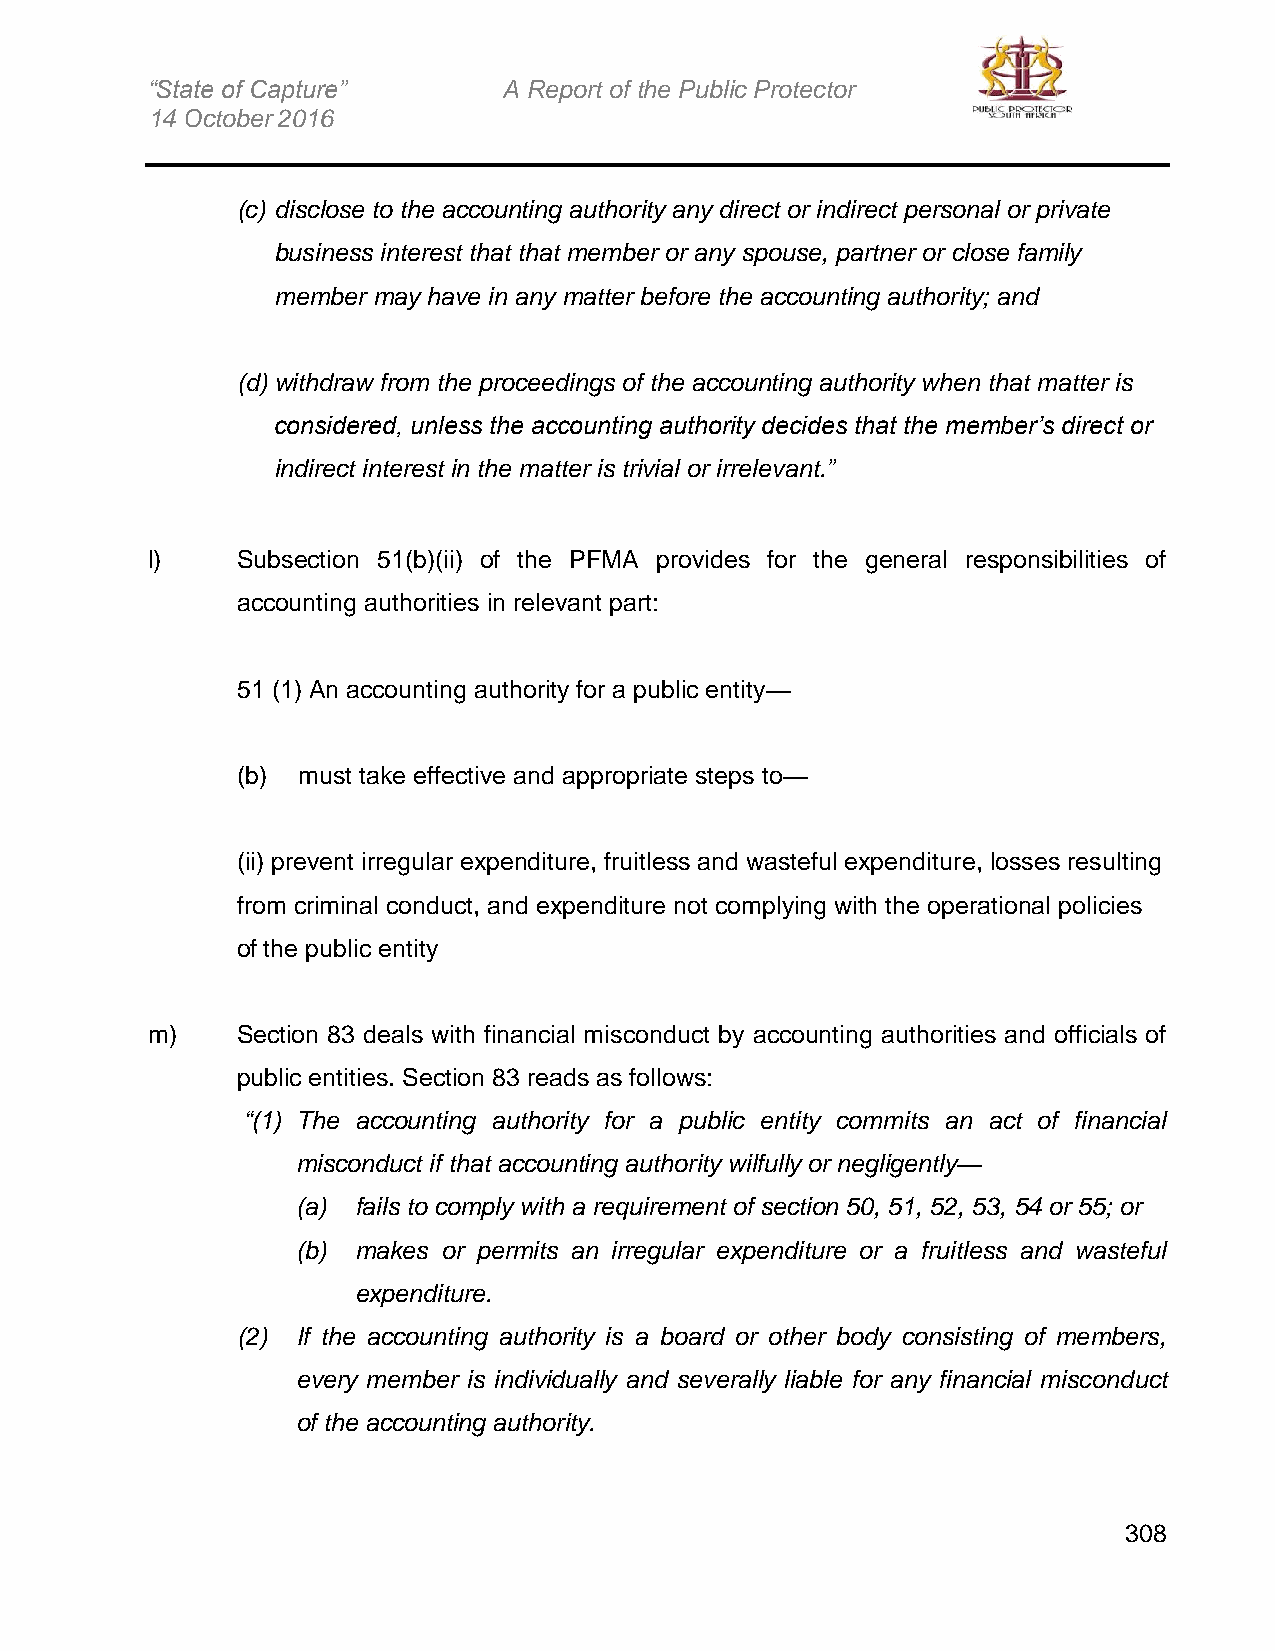
“State of Capture”     A Report of the Public Protector
 14 October 2016
 (c) disclose to the accounting authority any direct or indirect personal or private
 business interest that that member or any spouse, partner or close family
 member may have in any matter before the accounting authority; and
 (d) withdraw from the proceedings of the accounting authority when that matter is
 considered, unless the accounting authority decides that the member’s direct or
 indirect interest in the matter is trivial or irrelevant.”
 l)    Subsection 51(b)(ii) of the PFMA provides for the general responsibilities of
 accounting authorities in relevant part:
 51 (1) An accounting authority for a public entity—
 (b) must take effective and appropriate steps to—
 (ii) prevent irregular expenditure, fruitless and wasteful expenditure, losses resulting
 from criminal conduct, and expenditure not complying with the operational policies
 of the public entity
 m)    Section 83 deals with financial misconduct by accounting authorities and officials of
 public entities. Section 83 reads as follows:
 “(1) The accounting authority for a public entity commits an act of financial
 misconduct if that accounting authority wilfully or negligently—
 (a) fails to comply with a requirement of section 50, 51, 52, 53, 54 or 55; or
 (b) makes or permits an irregular expenditure or a fruitless and wasteful
 expenditure.
 (2) If the accounting authority is a board or other body consisting of members,
 every member is individually and severally liable for any financial misconduct
 of the accounting authority.
 308